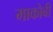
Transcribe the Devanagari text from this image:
माकोबी